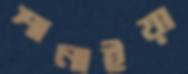
শানাইয়া